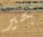
بخير